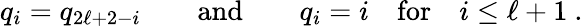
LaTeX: q_{i}=q_{2\ell+2-i}\qquad\mathrm{and}\qquad q_{i}=i\quad\mathrm{for}\quad i\leq\ell+1~.